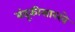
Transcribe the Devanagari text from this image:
बंदूकीसारखे